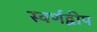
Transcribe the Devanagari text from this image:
स्वर्णद्वीप